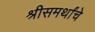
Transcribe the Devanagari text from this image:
श्रीसमर्थांचे